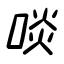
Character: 啖